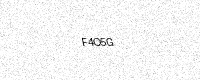
Text: F4O5G